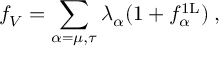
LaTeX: f _ { V } = \sum _ { \alpha = \mu , \tau } \lambda _ { \alpha } ( 1 + f _ { \alpha } ^ { \mathrm { 1 L } } ) \; ,